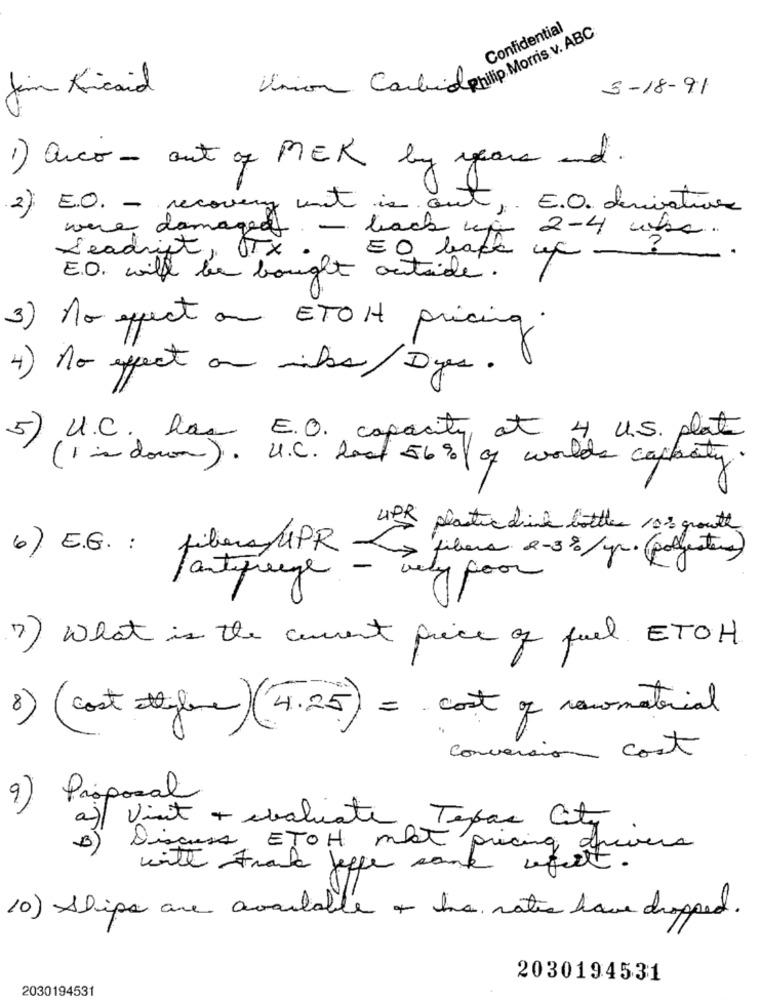
Confidential
Union Carbid phillip Morris v. ABC
3-18-91
Jam Kincaid
1) arco - out of MEK by years and
2) E.O. - recovery unt is out ,. E.O. derivatives
were damaged - back up 2-4 who.
Leadrift, TX
EO back up -
E.O. will be bought outside.
3) no effect on ETOH pricing.
4) no effect on mibs/Dyes.
5)
U.C. has E.O. capacity at 4 U.S. plat
(1 in down). U.C. last 56% of worlds capacity.
UPR plastic drink bottles 10% growth
6) E.G. : filiera UPR
filiera 2-3%/ yr. (polyesters)
antifreze
1 poor
7) What is the current price of fuel ETOH
8) ( cost ethylene ) (4.25) = cost of renomaterial
conversion cost
9) Proposal
a) Visit + evaluate Texas City
B)
Discuss ETOH mist pricing drivers
with Frank Jeffe sank
10) Ships are available + ho ratio have dropped.
2030194531
2030194531